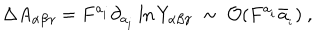
\Delta A _ { \alpha \beta \gamma } = F ^ { a _ { _ i } } \partial _ { a _ { _ i } } \ln Y _ { \alpha \beta \gamma } ~ \sim ~ { \cal O } ( F ^ { a _ { _ i } } \bar { a } _ { _ i } ) ~ ,